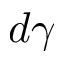
d \gamma